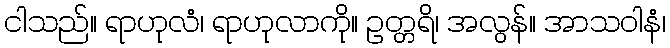
ငါသည်။ ရာဟုလံ၊ ရာဟုလာကို။ ဥတ္တရိ၊ အလွန်။ အာသဝါနံ၊